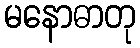
မနောဓာတု